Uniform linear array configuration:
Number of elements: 32
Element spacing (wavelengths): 0.5
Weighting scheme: kaiser
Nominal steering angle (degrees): -60
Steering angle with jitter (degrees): -58.699
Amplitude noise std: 0.05
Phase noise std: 0.05

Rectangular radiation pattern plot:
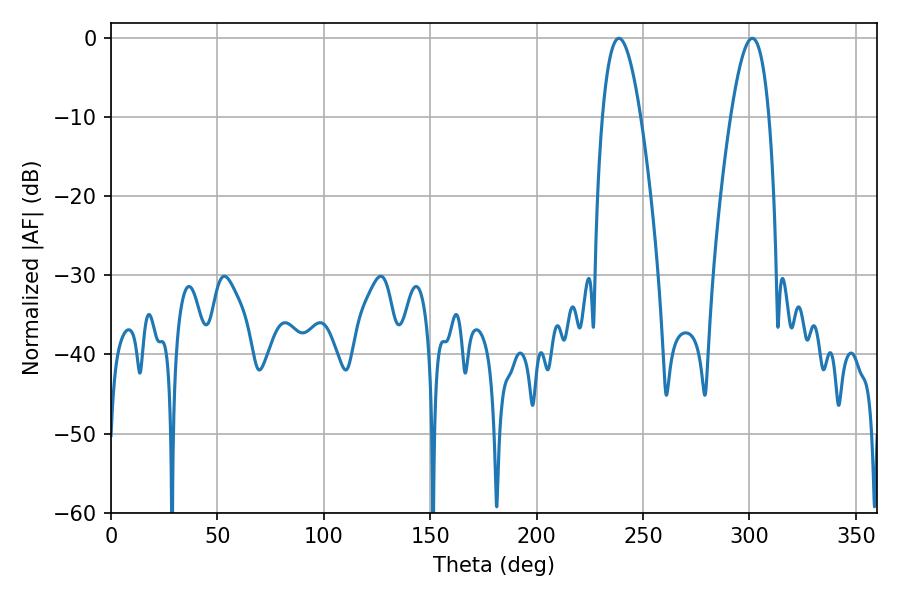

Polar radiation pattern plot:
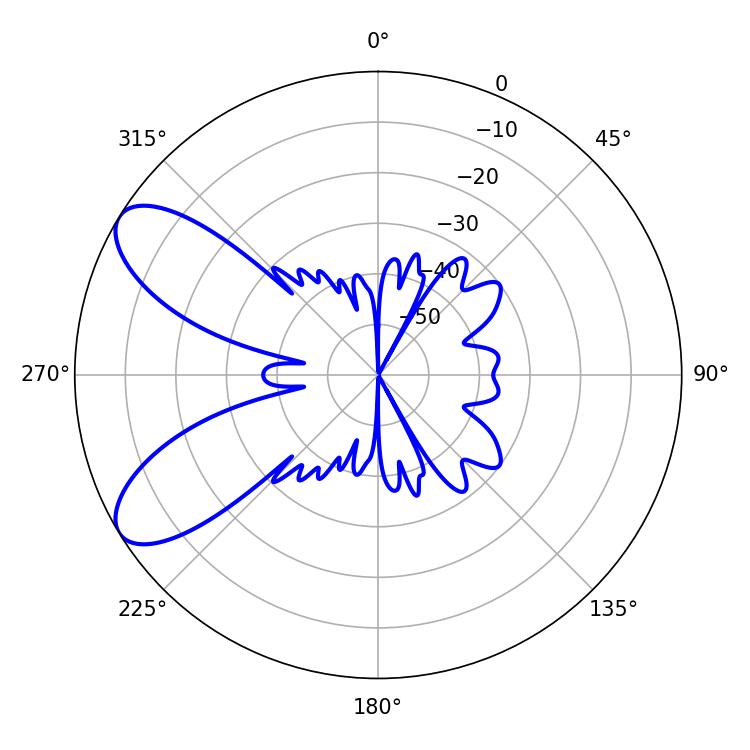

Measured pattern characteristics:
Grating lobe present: FALSE
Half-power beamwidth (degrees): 9.72
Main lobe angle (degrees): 301.32